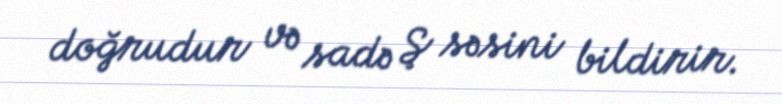
doğrudur və sadə Ş səsini bildirir.